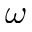
\omega